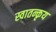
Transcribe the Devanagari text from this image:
स्वातन्कृय